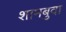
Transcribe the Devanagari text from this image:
शामबुवा